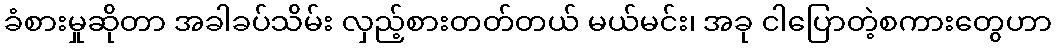
ခံစားမှုဆိုတာ အခါခပ်သိမ်း လှည့်စားတတ်တယ် မယ်မင်း၊ အခု ငါပြောတဲ့စကားတွေဟာ